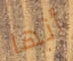
أنها